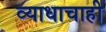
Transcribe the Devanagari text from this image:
व्याधाचाही